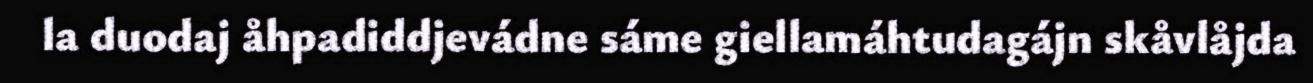
la duodaj åhpadiddjevádne sáme giellamáhtudagájn skåvlåjda